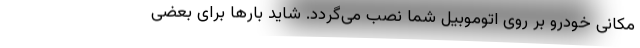
مکانی خودرو بر روی اتوموبیل شما نصب می‌گردد. شاید بارها برای بعضی